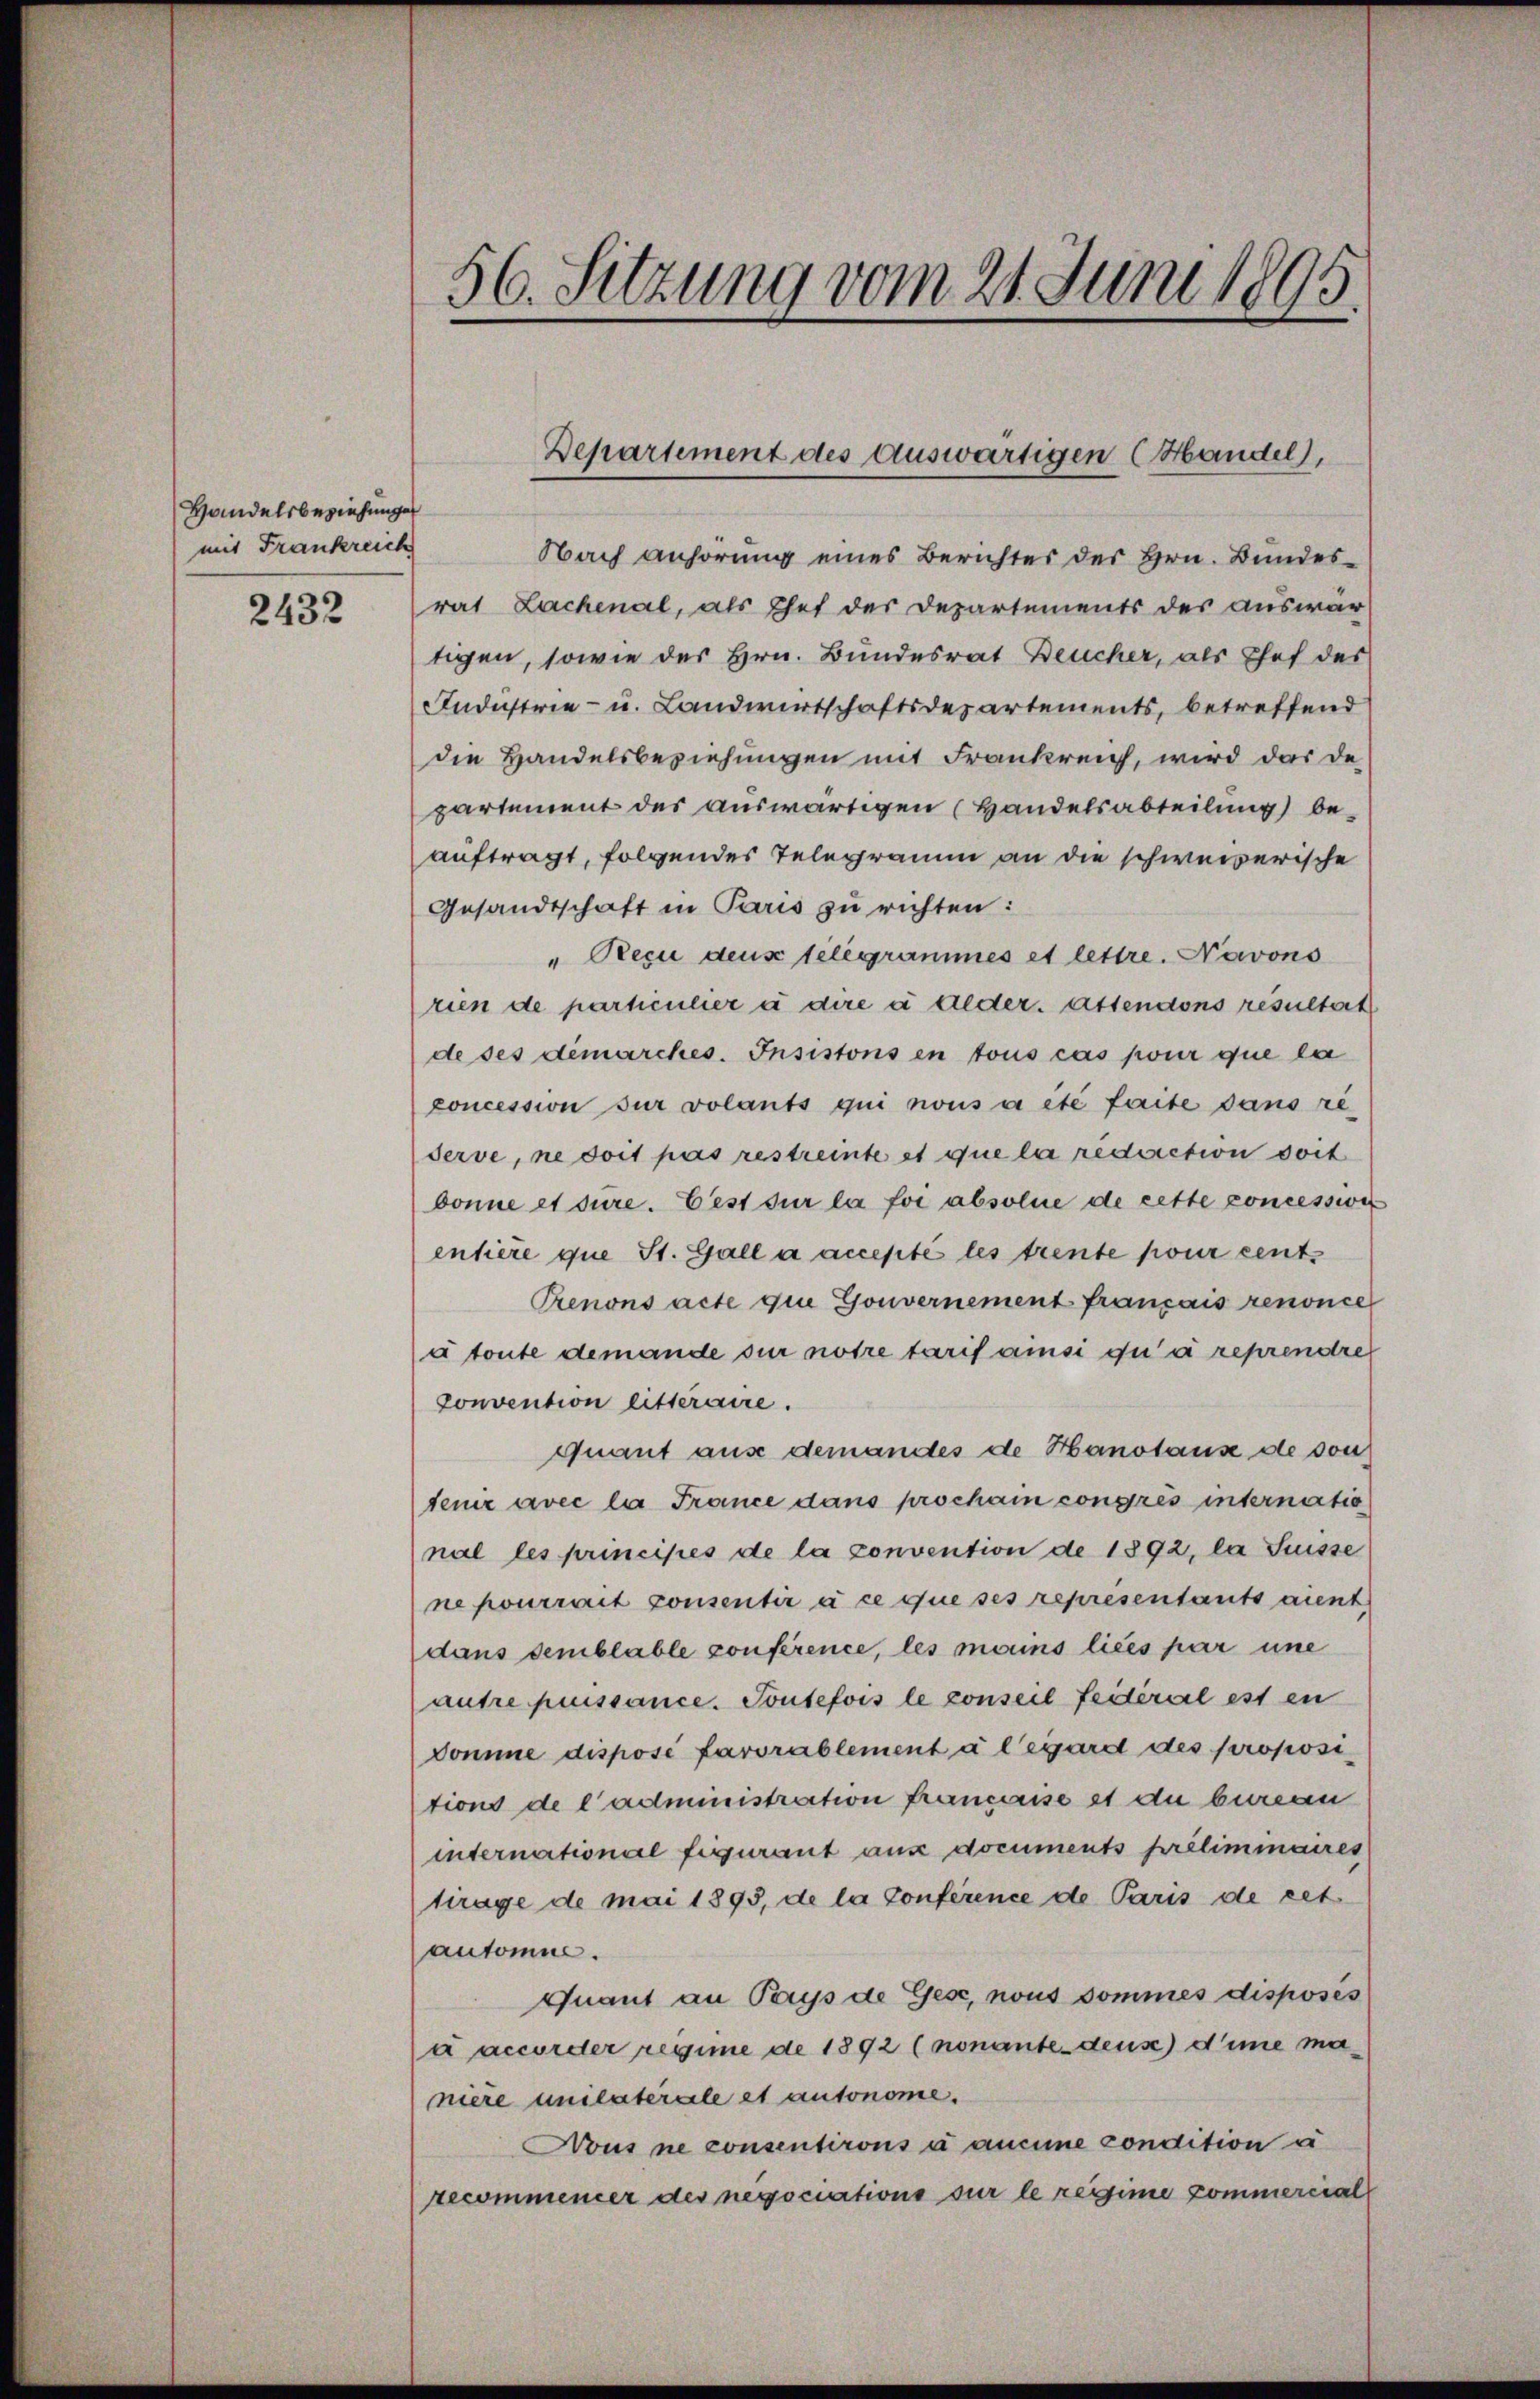
Handelsbeziehungen
mit Frankreich

2432

56. Sitzung vom 21. Juni 1895.

Nach anhörung eines Berichter des Hrn. Bundes-
rat Lachenal, als That der Departements des auswar
tigen, sowie des Hrn. Bundesrat Deucher, als Chef des
Industrie- u. Landwirtschaftsdesartements, betreffend
die Handelsbeziehungen mit Frankreich, wird das de
partement des auswärtigen (Handelsabteilung beauftragt, folgendes Telegramm an die schweizerische
Gesandtschaft in Paris zu richten:
"Reçu deus telegrammes et lettre. Navons
rien de particulier à dire à deder. Attendons resultort
de ses demarches. Insistons en tous cas pour que la
concession sur volants qui nous a été faite dans re-
serve, ne doit pas restreite et que la rediction doit
donne et sure. Erst sur la foi absolue de cette concessis
entière que St. Gall a accepté les trente pour cent
Prenons acte quie Gouvernement français renonce
à toute demande sur notre tarif ainsi qui a reprendre
convention litteraire.
Quant aus demandes de Hanstause de sontenir avec la France dans prochain congrés internatio
nal les principes de la convention de 1892, la Suisse
ne pourrait consentir à ce que ses representants aient
dans semblable conference, les mains lices par une
autre puissance. Toutefois le conseil feiterial est en
Domme disposi favorablement à l’égard des propositions de l’administration francirise et die begegn
international figurant aus documents préliminaires
ttrage de mai 1893, de la conférence de Paris de cet
antomm.
Quant an Pays de Gese, nous sommes disposés
a accorder regime de 1892 (nonante deuse d’imme ma
niere unlaterale et autonome.
Nous ne consentirons à aucune condition a
zecommencer des negociations sur le regime commercial

Departement des auswärtigen (Handel),